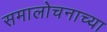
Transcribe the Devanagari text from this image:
समालोचनाच्या